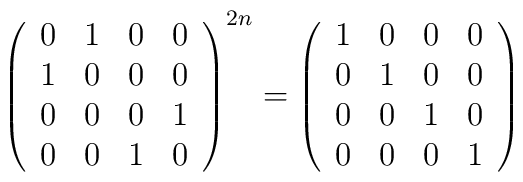
\left( \begin{array}{cccc}0 & 1 & 0 & 0 \\ 1 & 0 & 0 & 0 \\0 & 0 & 0 & 1 \\0 & 0 & 1 & 0 \\\end{array}\right) ^{2n}=\left( \begin{array}{cccc}1 & 0 & 0 & 0 \\ 0 & 1 & 0 & 0 \\0 & 0 & 1 & 0 \\0 & 0 & 0 & 1 \\\end{array}\right)